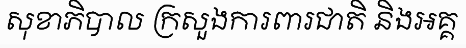
សុខាភិបាល ក្រសួងការពារជាតិ និងអគ្គ